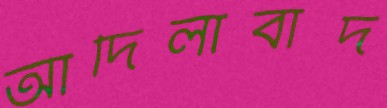
আদিলাবাদ